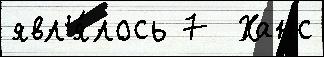
явл'я́лось 7  Ханс